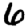
Digit: 6